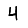
Digit: 4